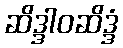
ဆိဒ္ဒါဝဆိဒ္ဒံ